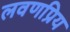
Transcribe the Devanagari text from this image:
लवणप्रिय